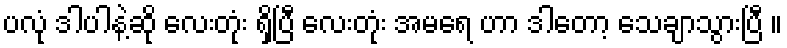
ပလုံ ဒါပါနဲ့ဆို လေးတုံး ရှိပြီ လေးတုံး အမရေ ဟာ ဒါတော့ သေချာသွားပြီ ။